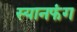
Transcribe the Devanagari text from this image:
स्यानफंग